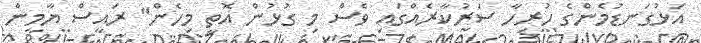
އަޅުގަނޑުމެންގެ ހުރިހާ ސަރުކާރެއްގައި ވެސް މި ގުޅުން އޮތީ މިހެން" ރައީސް ޔާމީން